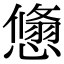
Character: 𢢱